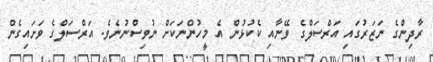
ރާދިންގެ ނަޒަރުގައި އަރްސަލްގެ ވޭނާއި ކެކުޅުން އެ މީހުންނަކަށް ނުވިސްނުނެވެ. އަރްސަލްގެ ވަށައިގެން